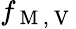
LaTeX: f_{\mathrm{~M~,~V~}}